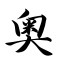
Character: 奥